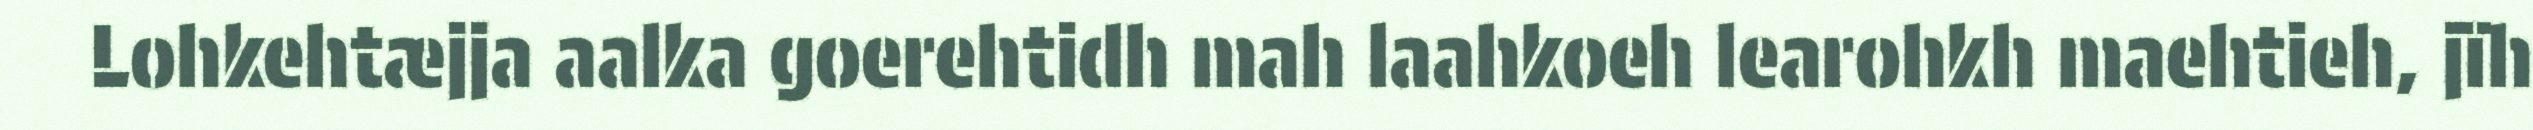
Lohkehtæjja aalka goerehtidh mah laahkoeh learohkh maehtieh, jïh